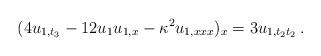
LaTeX: \begin{align*}(4u_{1,t_3} - 12 u_1 u_{1,x} - \kappa^2 u_{1,xxx})_x = 3 u_{1,t_2 t_2}\,.\end{align*}